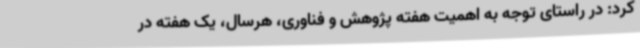
کرد: در راستای توجه به اهمیت هفته پژوهش و فناوری، هرسال، یک هفته در